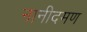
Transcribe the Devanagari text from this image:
नानीदमण